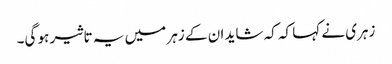
زہری نے کہا کہ کہ شاید ان کے زہر میں یہ تاثیر ہو گی۔